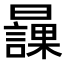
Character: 𣋾